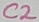
Text: C2